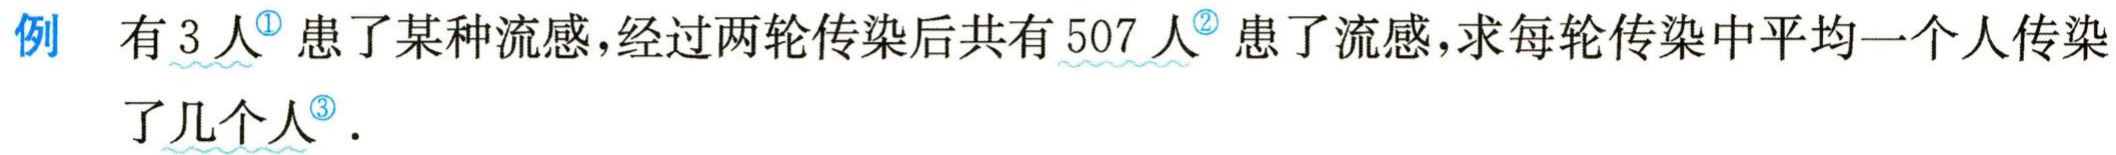
例 有3人患了某种流感，经过两轮传染后共有507人患了流感，求每轮传染中平均一个人传染了几个人.